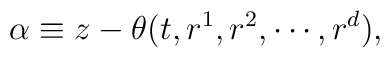
\alpha \equiv z-\theta(t,r^1,r^2,\cdots ,r^d),